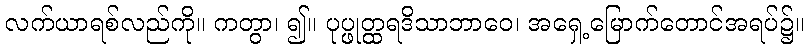
လက်ယာရစ်လည်ကို။ ကတွာ၊ ၍။ ပုပ္ဖုတ္ထရဒိသာဘာဝေ၊ အရှေ့မြောက်တောင်အရပ်၌။